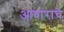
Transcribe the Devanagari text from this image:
आवाराचे